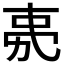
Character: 𭄧